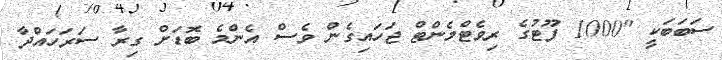
ސަބަބަކީ "1000 ފޫޓުގެ ރިވެޓްމެންޓް ޖަހައިގެން ވެސް އެންމެ ބޮޑަށް ގިރާ ސަރަހައްދާ